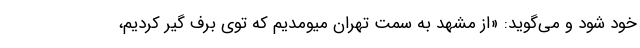
خود شود و می‌گوید: «از مشهد به سمت تهران میومدیم که توی برف گیر کردیم،